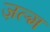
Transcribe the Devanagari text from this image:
ज़ल्म